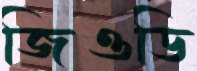
জিওডি